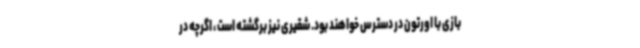
بازی با اورتون در دسترس خواهند بود. شقیری نیز برگشته است ، اگرچه در